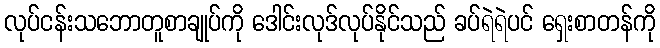
လုပ်ငန်းသဘောတူစာချုပ်ကို ဒေါင်းလုဒ်လုပ်နိုင်သည် ခပ်ရဲရဲပင် ရှေးစာတန်ကို